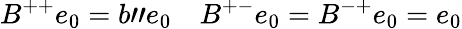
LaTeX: B^{++}e_{0}=b"e_{0}\quad B^{+-}e_{0}=B^{-+}e_{0}=e_{0}